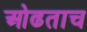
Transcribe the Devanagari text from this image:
ओढताच